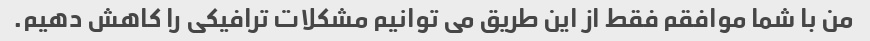
من با شما موافقم فقط از این طریق می توانیم مشکلات ترافیکی را کاهش دهیم.